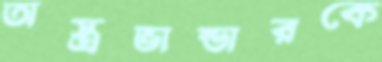
অস্ত্রভান্ডারকে